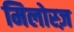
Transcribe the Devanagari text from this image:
मिलोस्ज़